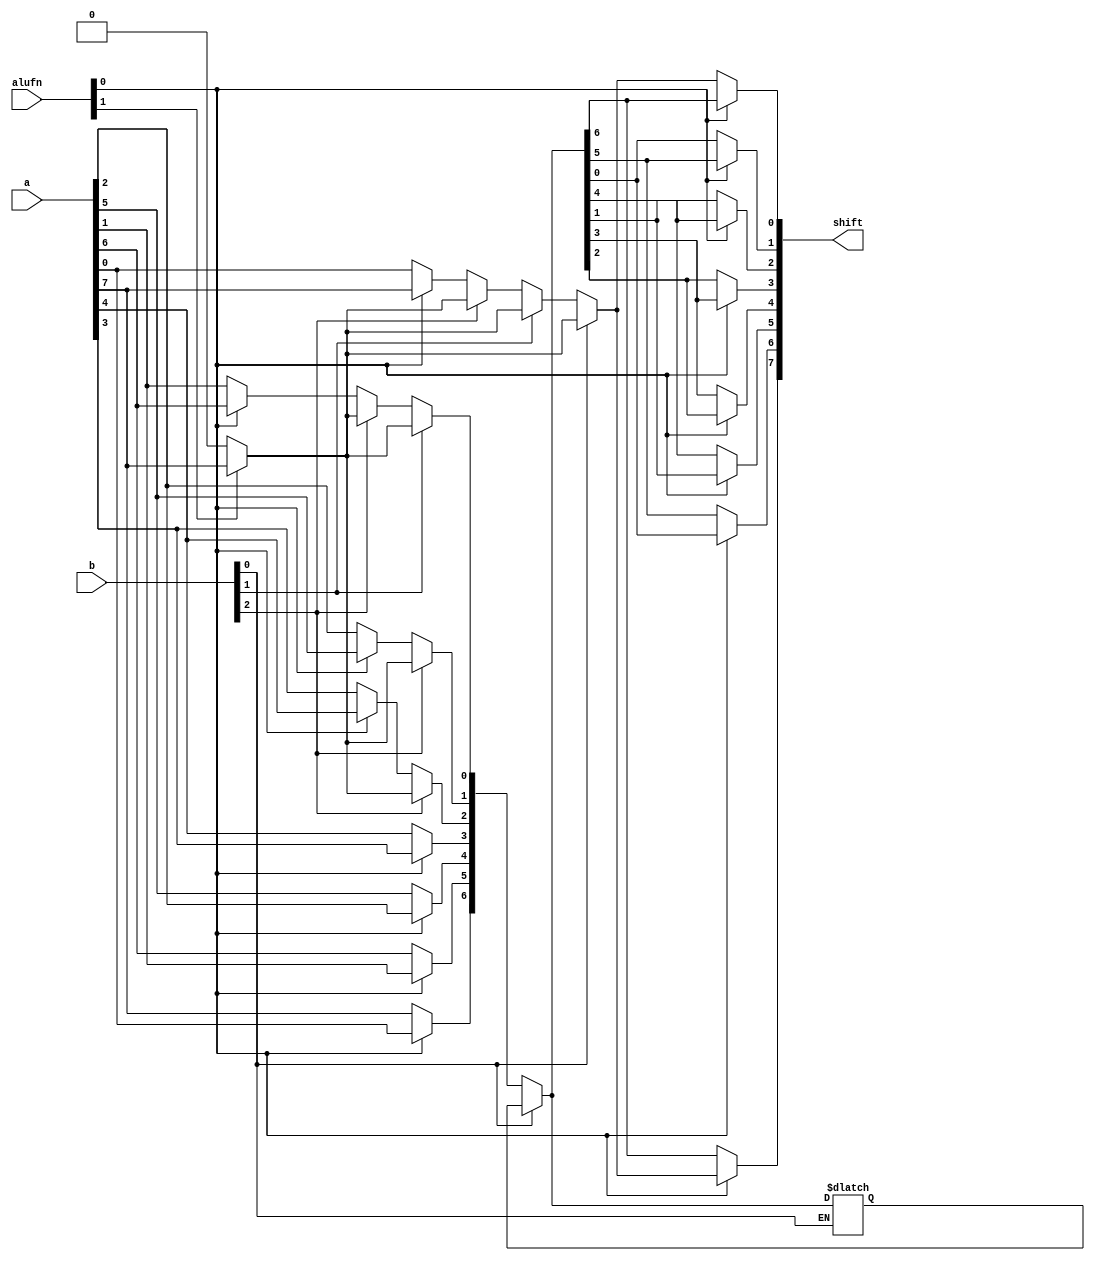
/*
   This file was generated automatically by the Mojo IDE version B1.3.6.
   Do not edit this file directly. Instead edit the original Lucid source.
   This is a temporary file and any changes made to it will be destroyed.
*/

module shift8_20 (
    input [7:0] a,
    input [2:0] b,
    input [1:0] alufn,
    output reg [7:0] shift
  );
  
  
  
  reg [7:0] xa;
  
  reg [7:0] x;
  
  reg [7:0] y;
  
  reg [7:0] z;
  
  reg r;
  
  integer i;
  
  always @* begin
    if (alufn[0+0-:1] == 1'h1) begin
      for (i = 1'h0; i < 4'h8; i = i + 1) begin
        xa[(i)*1+0-:1] = a[(3'h7 - i)*1+0-:1];
      end
    end else begin
      xa = a;
    end
    if (alufn[1+0-:1] == 1'h1) begin
      r = a[7+0-:1];
    end else begin
      r = 1'h0;
    end
    if (b[2+0-:1] == 1'h1) begin
      for (i = 1'h0; i < 3'h4; i = i + 1) begin
        x[(i)*1+0-:1] = r;
      end
      for (i = 3'h4; i < 4'h8; i = i + 1) begin
        x[(i)*1+0-:1] = xa[(i - 3'h4)*1+0-:1];
      end
    end else begin
      x = xa;
    end
    if (b[1+0-:1] == 1'h1) begin
      for (i = 1'h0; i < 2'h2; i = i + 1) begin
        y[(i)*1+0-:1] = r;
      end
      for (i = 2'h2; i < 4'h8; i = i + 1) begin
        y[(i)*1+0-:1] = x[(i - 2'h2)*1+0-:1];
      end
    end else begin
      y = x;
    end
    if (b[0+0-:1] == 1'h1) begin
      for (i = 1'h1; i < 4'h8; i = i + 1) begin
        z[(i)*1+0-:1] = r;
      end
      z[0+0-:1] = r;
      for (i = 1'h1; i < 4'h8; i = i + 1) begin
        z[(i)*1+0-:1] = y[(i - 1'h1)*1+0-:1];
      end
    end else begin
      z = y;
    end
    if (alufn[0+0-:1] == 1'h1) begin
      for (i = 1'h0; i < 4'h8; i = i + 1) begin
        shift[(i)*1+0-:1] = z[(3'h7 - i)*1+0-:1];
      end
    end else begin
      shift = z;
    end
  end
endmodule